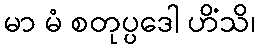
မာ မံ စတုပ္ပဒေါ ဟိံသိ၊